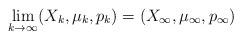
LaTeX: \begin{align*} \begin{aligned} \lim_{k\to\infty}(X_k,\mu_k,p_k)&=(X_\infty,\mu_\infty,p_\infty)\\ \end{aligned} \end{align*}